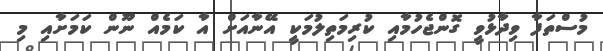
މުސްތަފާ ވިދާޅުވީ ގޮންޖެހުމާއި ކުރިމަތިލުމަކީ އޭނާއަށް އާ ކަމެއް ނޫން ކަމަށާއި މި